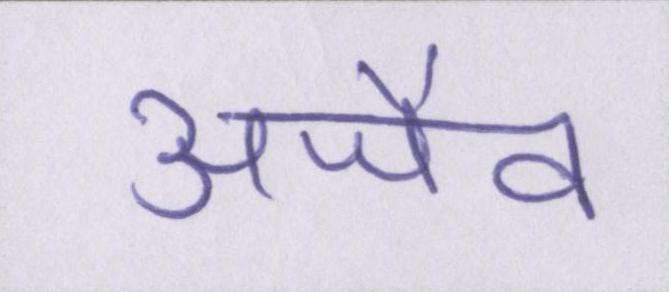
अजैव